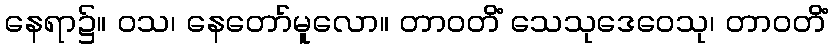
နေရာ၌။ ဝသ၊ နေတော်မူလော။ တာဝတိံ သေသုဒေဝေသု၊ တာဝတိံ